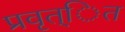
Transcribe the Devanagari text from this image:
प्रवृत्ित